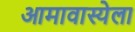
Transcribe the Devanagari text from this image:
आमावास्येला